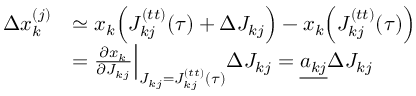
\begin{array} { r l } { \Delta x _ { k } ^ { ( j ) } } & { \simeq x _ { k } \Big ( J _ { k j } ^ { ( t t ) } ( \tau ) + \Delta J _ { k j } \Big ) - x _ { k } \Big ( J _ { k j } ^ { ( t t ) } ( \tau ) \Big ) } \\ & { = \frac { \partial x _ { k } } { \partial J _ { k j } } \Big | _ { J _ { k j } = J _ { k j } ^ { ( t t ) } ( \tau ) } \Delta J _ { k j } = \underline { { a _ { k j } } } \Delta J _ { k j } } \end{array}